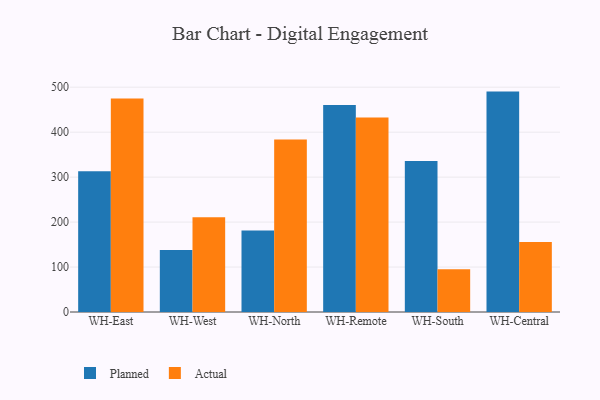
{"axis": {"x": "Warehouse", "y": "Active Users"}, "legend": ["Actual", "Planned"], "data": [{"x": "WH-East", "y": 312.8, "type": "Planned"}, {"x": "WH-East", "y": 474.9, "type": "Actual"}, {"x": "WH-West", "y": 138.0, "type": "Planned"}, {"x": "WH-West", "y": 210.6, "type": "Actual"}, {"x": "WH-North", "y": 181.2, "type": "Planned"}, {"x": "WH-North", "y": 383.4, "type": "Actual"}, {"x": "WH-Remote", "y": 460.4, "type": "Planned"}, {"x": "WH-Remote", "y": 432.7, "type": "Actual"}, {"x": "WH-South", "y": 335.8, "type": "Planned"}, {"x": "WH-South", "y": 95.1, "type": "Actual"}, {"x": "WH-Central", "y": 490.2, "type": "Planned"}, {"x": "WH-Central", "y": 155.9, "type": "Actual"}]}